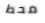
محط